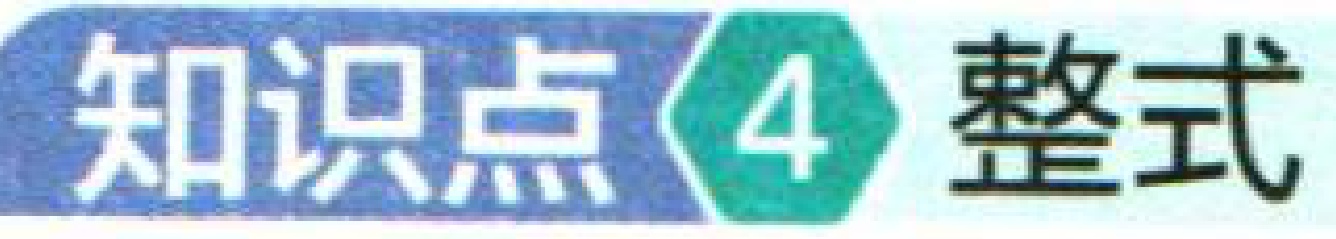
知识点\textcircled{4} 整式